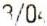
3/04